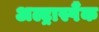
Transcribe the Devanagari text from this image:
अल्ट्रास्पैंक